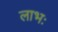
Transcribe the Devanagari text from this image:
लाभः